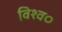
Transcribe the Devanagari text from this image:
विश्व०